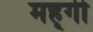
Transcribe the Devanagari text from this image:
मह्गी